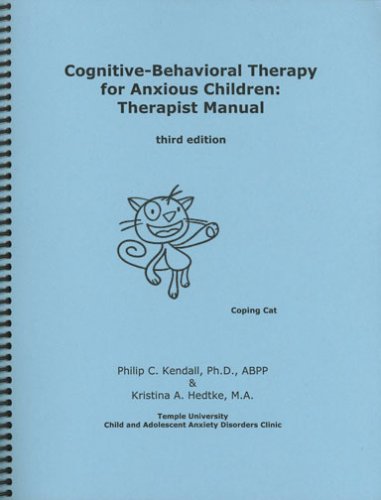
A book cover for Cognitive-Behavioral Therapy for Anxious Children: Therapist Manual, Third Edition; Philip C. Kendall; Medical Books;